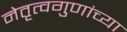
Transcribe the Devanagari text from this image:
नेतृत्वगुणांच्या